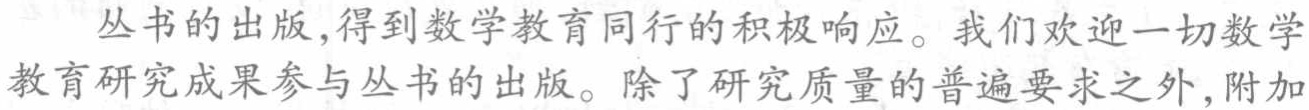
丛书的出版,得到数学教育同行的积极响应。我们欢迎一切数学教育研究成果参与丛书的出版。除了研究质量的普遍要求之外,附加